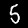
Label: 5